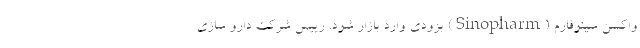
واکسن سینوفارم (Sinopharm) بزودی وارد بازار شود. رییس شرکت دارو سازی